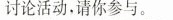
讨论活动，请你参与。